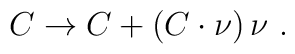
C \to C + (C\cdot \nu)\, \nu\ .